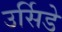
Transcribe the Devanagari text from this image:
उर्सिडे